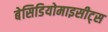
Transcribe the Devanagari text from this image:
बेसिडियोमाइसीट्स